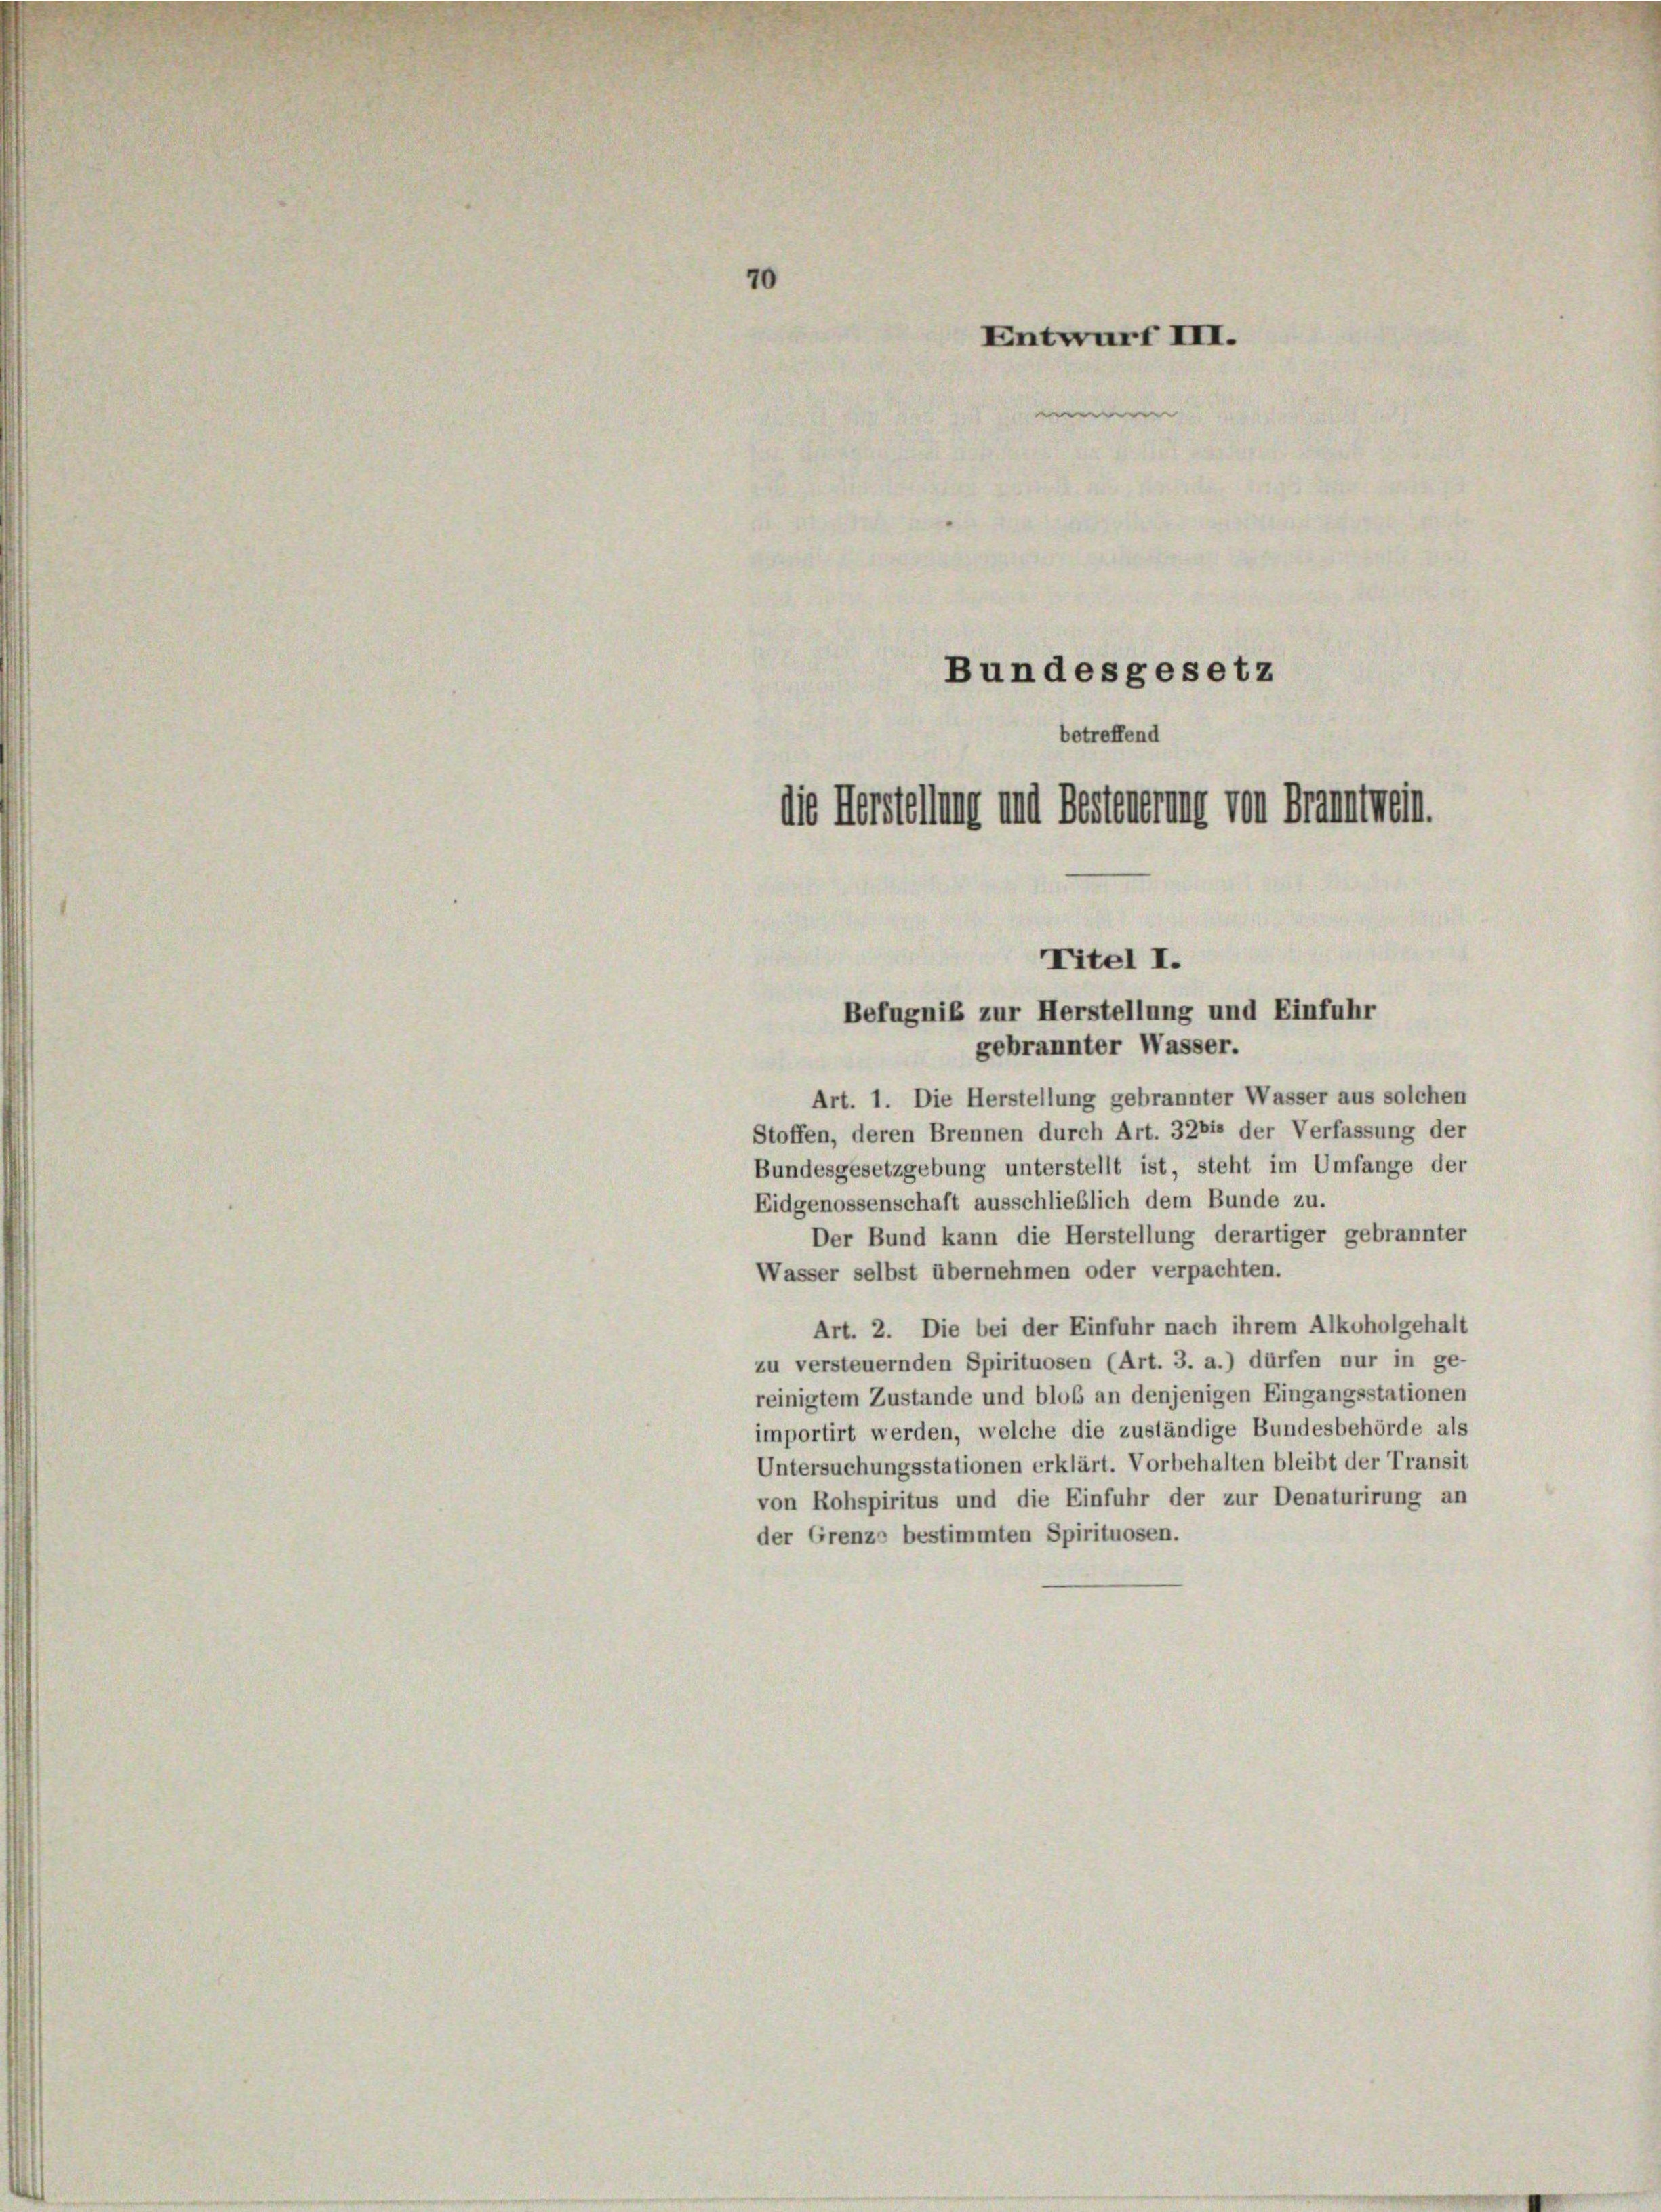
70
Entwurf III.
e
Bundesgesetz
betreffend
die Herstellung und Besteuerung von Branntwein.

Titel I.
Befugniß zur Herstellung und Einfuhr
gebrannter Wasser.

Art. 1. Die Herstellung gebrannter Wasser aus solchen
Stoffen, deren Brennen durch Art. 3281 der Verfassung der
Bundesgesetzgebung unterstellt ist, steht im Umfange der
Eidgenossenschaft ausschließlich dem Bunde zu.
Der Bund kann die Herstellung derartiger gebrannter
Wasser selbst übernehmen oder verpachten.
Art. 2. Die bei der Einfuhr nach ihrem Alkoholgehalt
zu versteuernden Spirituosen (Art. 3. a.) dürfen nur in ge-
reinigtem Zustande und bloß an denjenigen Eingangsstationen
importirt werden, welche die zuständige Bundesbehörde als
Untersuchungsstationen erklärt. Vorbehalten bleibt der Transit
von Rohspiritus und die Einfuhr der zur Denaturirung an
der Grenze bestimmten Spirituosen.